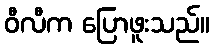
ဝီလီက ပြောဖူးသည်။